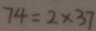
7 4 = 2 \times 3 7